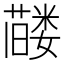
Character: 𬞰